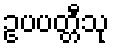
ဥပပတ္တီသု